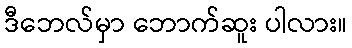
ဒီဘေလ်မှာ ဘောက်ဆူး ပါလား။